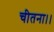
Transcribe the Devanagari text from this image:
चीतना।।